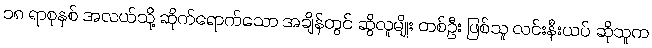
၁၈ ရာစုနှစ် အလယ်သို့ ဆိုက်ရောက်သော အချိန်တွင် ဆွိလူမျိုး တစ်ဦး ဖြစ်သူ လင်းနီးယပ် ဆိုသူက